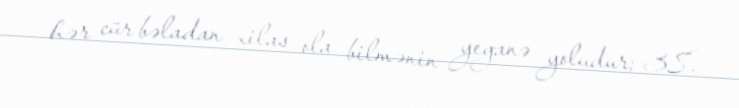
hər cür bəladan xilas ola bilmənin yeganə yoludur; 38.